Annual report of the Punjab Veterinary College and of the Civil Veterinary Department, Punjab - 1894-1908
Year: 1894
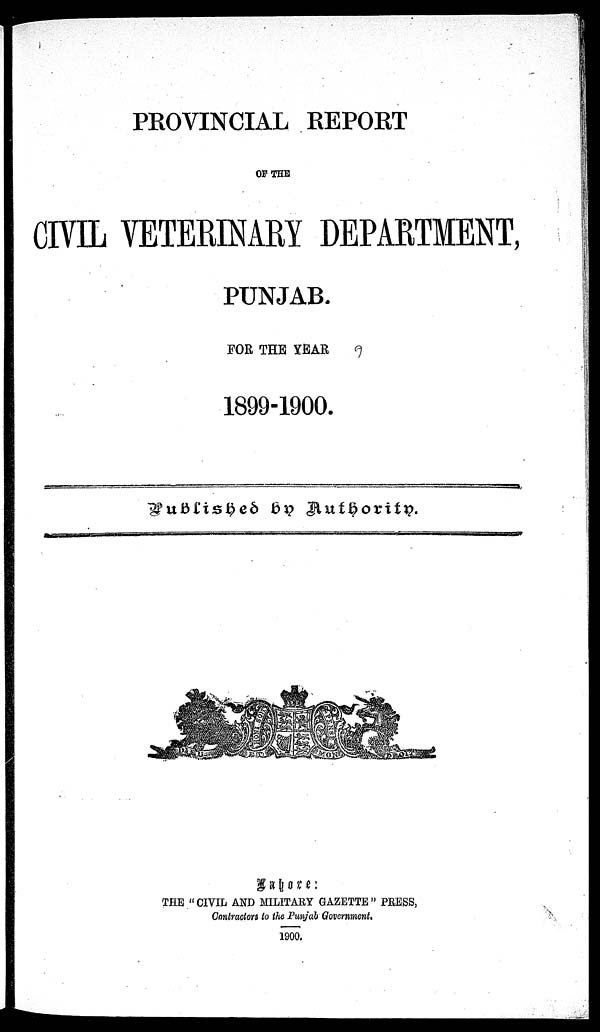
PROVINCIAL REPORT
OF THE
CIVIL VETERINARY DEPARTMENT,
PUNJAB.
FOR THE YEAR
1899-1900.
Published by Authority.
Lahore :
THE "CIVIL AND MILITARY GAZETTE" PRESS,
Contractors to the Punjab Government.
1900.